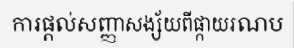
ការផ្តល់សញ្ញាសង្ស័យពីផ្កាយរណប